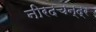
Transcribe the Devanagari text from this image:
नीरदचन्द्र